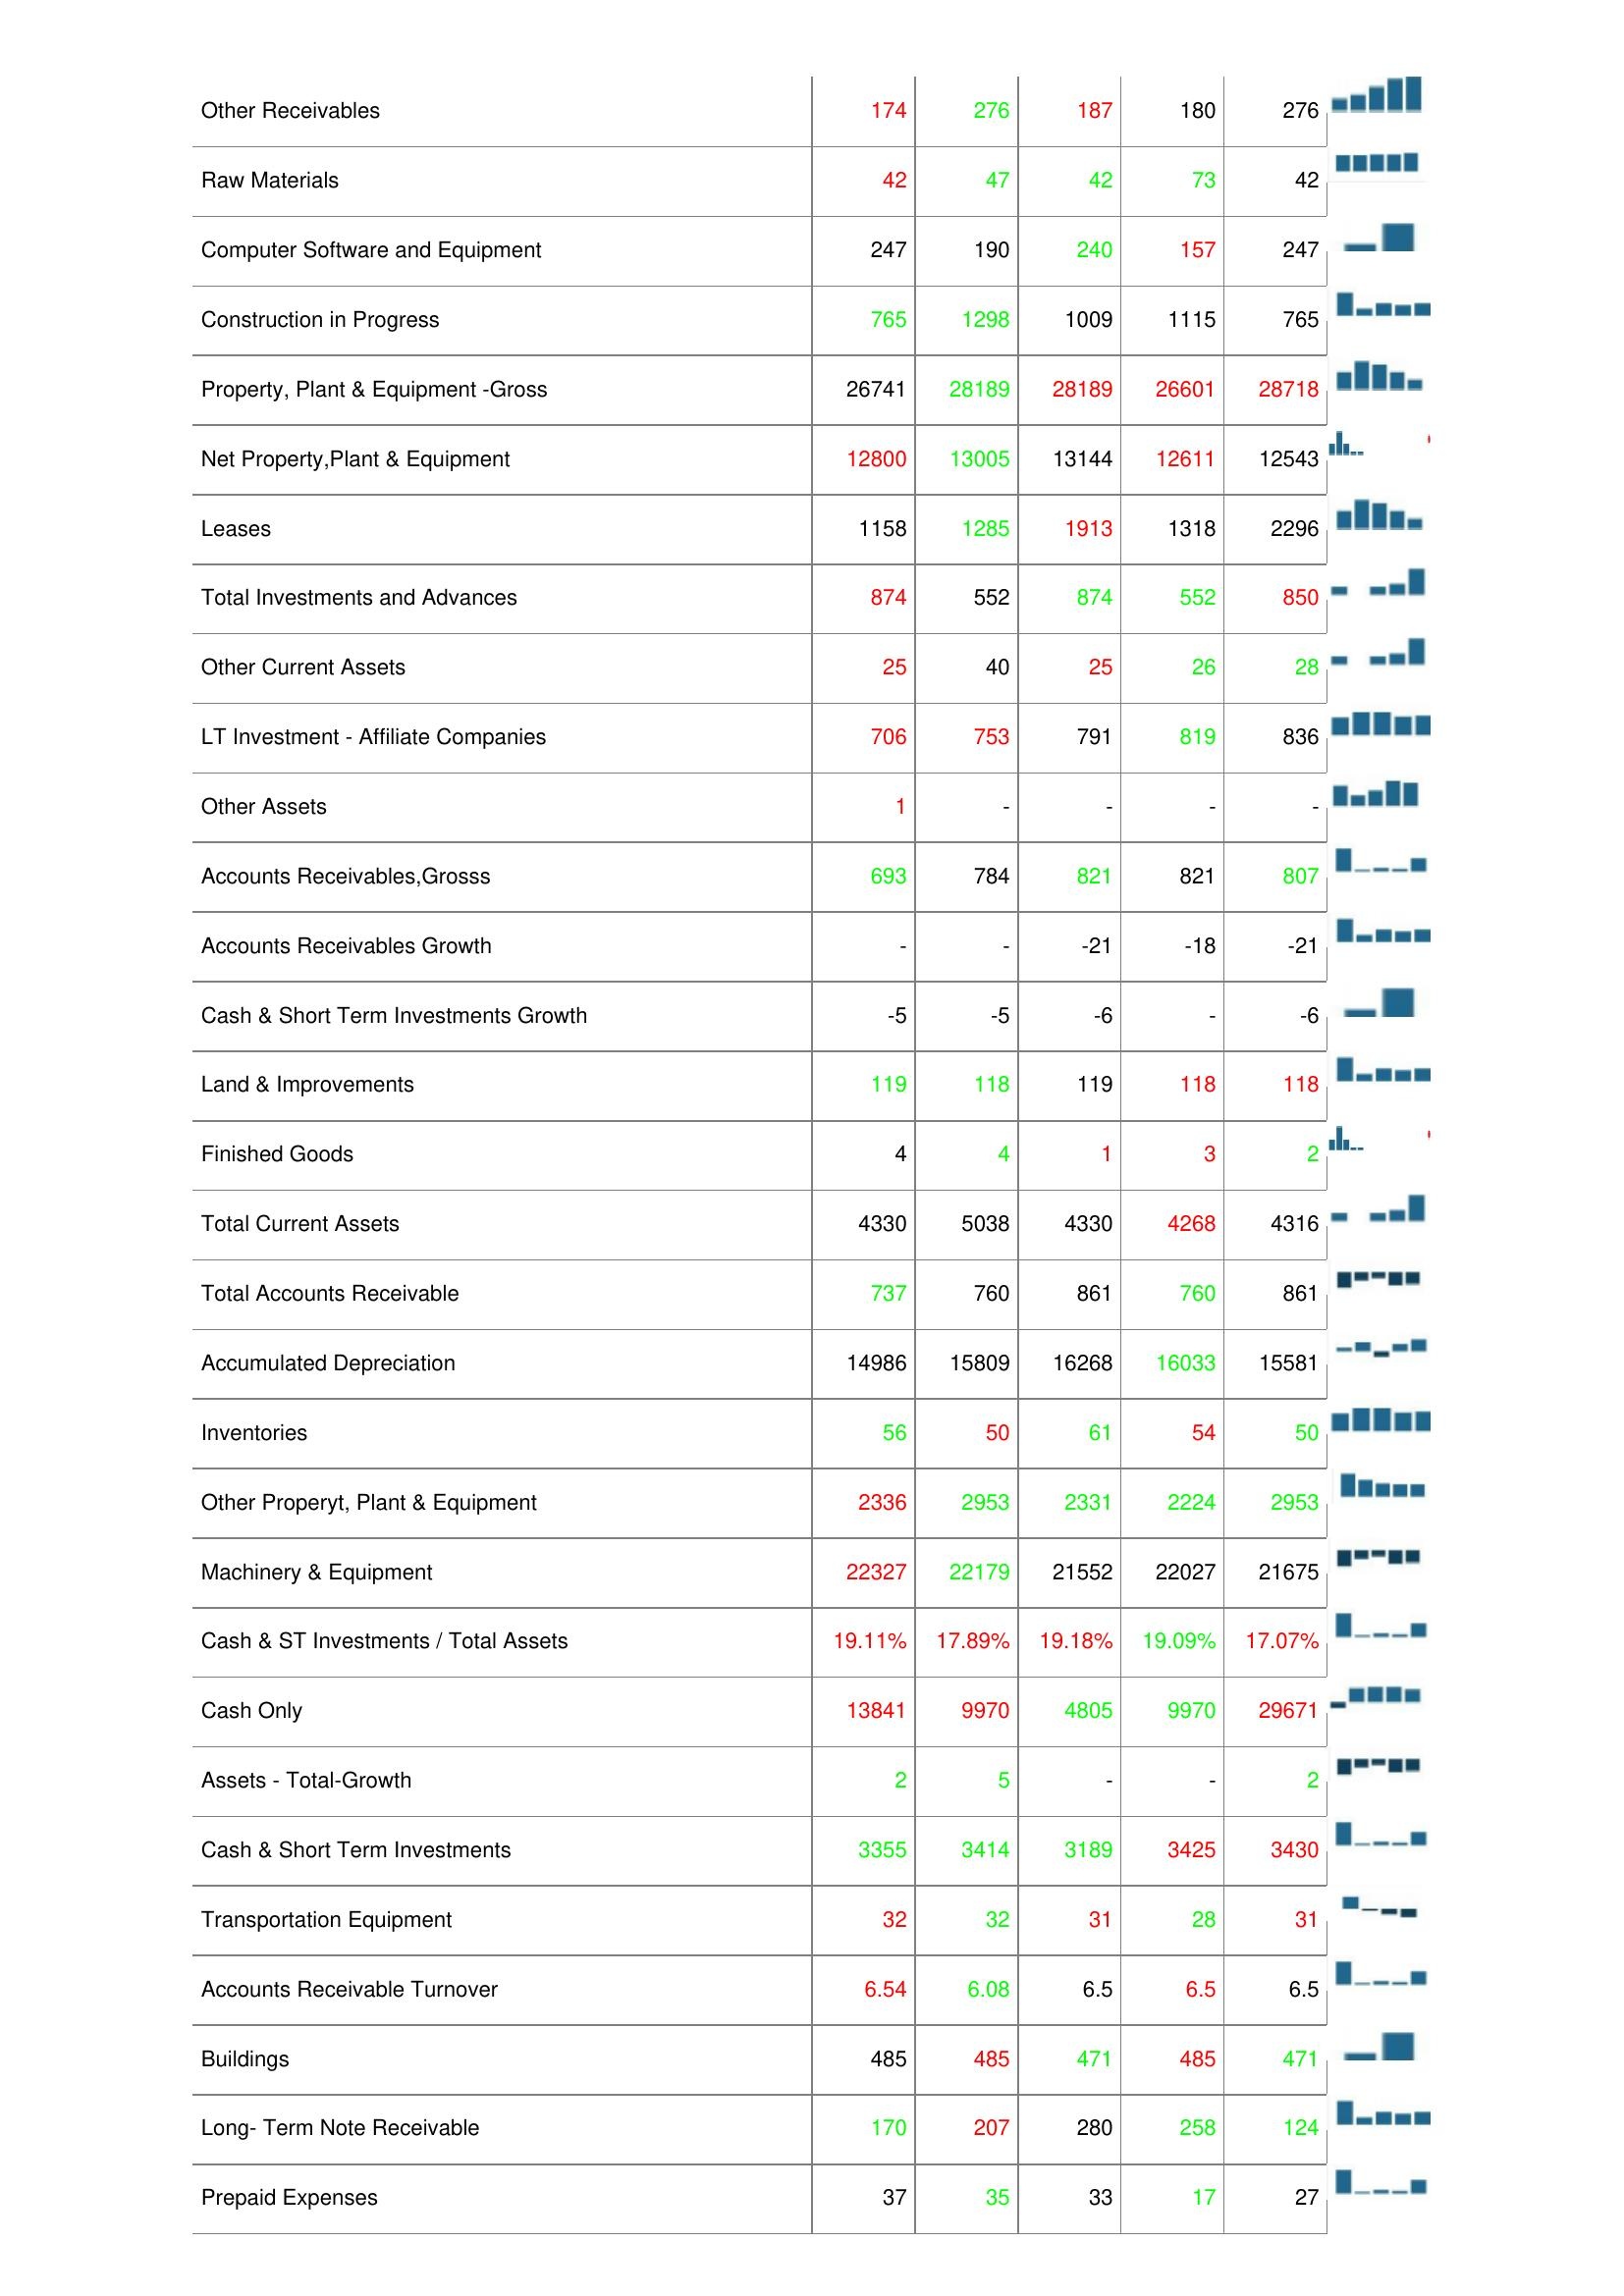
2008: Assets: Accounts Receivables, Net: 761
Bad Debt/Doubtful Accounts: 0
Total Assets: 19734
Deferred Charges: -
Asset Turnover: 0
Return On Average Assets: -
Other Receivables: 174
Raw Materials: 42
Computer Software and Equipment: 247
Construction in Progress: 765
Property, Plant & Equipment -Gross: 26741
Net Property,Plant & Equipment: 12800
Leases: 1158
Total Investments and Advances: 874
Other Current Assets: 25
LT Investment - Affiliate Companies: 706
Other Assets: 1
Accounts Receivables,Grosss: 693
Accounts Receivables Growth: -
Cash & Short Term Investments Growth: -5
Land & Improvements: 119
Finished Goods: 4
Total Current Assets: 4330
Total Accounts Receivable: 737
Accumulated Depreciation: 14986
Inventories: 56
Other Properyt, Plant & Equipment: 2336
Machinery & Equipment: 22327
Cash & ST Investments / Total Assets: 19.11%
Cash Only: 13841
Assets - Total-Growth: 2
Cash & Short Term Investments: 3355
Transportation Equipment: 32
Accounts Receivable Turnover: 6.54
Buildings: 485
Long- Term Note Receivable: 170
Prepaid Expenses: 37
2009: Assets: Accounts Receivables, Net: 745
Bad Debt/Doubtful Accounts: 0
Total Assets: 19198
Deferred Charges: -
Asset Turnover: 0
Return On Average Assets: -
Other Receivables: 276
Raw Materials: 47
Computer Software and Equipment: 190
Construction in Progress: 1298
Property, Plant & Equipment -Gross: 28189
Net Property,Plant & Equipment: 13005
Leases: 1285
Total Investments and Advances: 552
Other Current Assets: 40
LT Investment - Affiliate Companies: 753
Other Assets: -
Accounts Receivables,Grosss: 784
Accounts Receivables Growth: -
Cash & Short Term Investments Growth: -5
Land & Improvements: 118
Finished Goods: 4
Total Current Assets: 5038
Total Accounts Receivable: 760
Accumulated Depreciation: 15809
Inventories: 50
Other Properyt, Plant & Equipment: 2953
Machinery & Equipment: 22179
Cash & ST Investments / Total Assets: 17.89%
Cash Only: 9970
Assets - Total-Growth: 5
Cash & Short Term Investments: 3414
Transportation Equipment: 32
Accounts Receivable Turnover: 6.08
Buildings: 485
Long- Term Note Receivable: 207
Prepaid Expenses: 35
2010: Assets: Accounts Receivables, Net: 745
Bad Debt/Doubtful Accounts: 0
Total Assets: 19734
Deferred Charges: -
Asset Turnover: -
Return On Average Assets: -
Other Receivables: 187
Raw Materials: 42
Computer Software and Equipment: 240
Construction in Progress: 1009
Property, Plant & Equipment -Gross: 28189
Net Property,Plant & Equipment: 13144
Leases: 1913
Total Investments and Advances: 874
Other Current Assets: 25
LT Investment - Affiliate Companies: 791
Other Assets: -
Accounts Receivables,Grosss: 821
Accounts Receivables Growth: -21
Cash & Short Term Investments Growth: -6
Land & Improvements: 119
Finished Goods: 1
Total Current Assets: 4330
Total Accounts Receivable: 861
Accumulated Depreciation: 16268
Inventories: 61
Other Properyt, Plant & Equipment: 2331
Machinery & Equipment: 21552
Cash & ST Investments / Total Assets: 19.18%
Cash Only: 4805
Assets - Total-Growth: -
Cash & Short Term Investments: 3189
Transportation Equipment: 31
Accounts Receivable Turnover: 6.5
Buildings: 471
Long- Term Note Receivable: 280
Prepaid Expenses: 33
2011: Assets: Accounts Receivables, Net: 755
Bad Debt/Doubtful Accounts: 0
Total Assets: 19198
Deferred Charges: -
Asset Turnover: -
Return On Average Assets: -
Other Receivables: 180
Raw Materials: 73
Computer Software and Equipment: 157
Construction in Progress: 1115
Property, Plant & Equipment -Gross: 26601
Net Property,Plant & Equipment: 12611
Leases: 1318
Total Investments and Advances: 552
Other Current Assets: 26
LT Investment - Affiliate Companies: 819
Other Assets: -
Accounts Receivables,Grosss: 821
Accounts Receivables Growth: -18
Cash & Short Term Investments Growth: -
Land & Improvements: 118
Finished Goods: 3
Total Current Assets: 4268
Total Accounts Receivable: 760
Accumulated Depreciation: 16033
Inventories: 54
Other Properyt, Plant & Equipment: 2224
Machinery & Equipment: 22027
Cash & ST Investments / Total Assets: 19.09%
Cash Only: 9970
Assets - Total-Growth: -
Cash & Short Term Investments: 3425
Transportation Equipment: 28
Accounts Receivable Turnover: 6.5
Buildings: 485
Long- Term Note Receivable: 258
Prepaid Expenses: 17
2012: Assets: Accounts Receivables, Net: 726
Bad Debt/Doubtful Accounts: 0
Total Assets: 19198
Deferred Charges: -
Asset Turnover: -
Return On Average Assets: -
Other Receivables: 276
Raw Materials: 42
Computer Software and Equipment: 247
Construction in Progress: 765
Property, Plant & Equipment -Gross: 28718
Net Property,Plant & Equipment: 12543
Leases: 2296
Total Investments and Advances: 850
Other Current Assets: 28
LT Investment - Affiliate Companies: 836
Other Assets: -
Accounts Receivables,Grosss: 807
Accounts Receivables Growth: -21
Cash & Short Term Investments Growth: -6
Land & Improvements: 118
Finished Goods: 2
Total Current Assets: 4316
Total Accounts Receivable: 861
Accumulated Depreciation: 15581
Inventories: 50
Other Properyt, Plant & Equipment: 2953
Machinery & Equipment: 21675
Cash & ST Investments / Total Assets: 17.07%
Cash Only: 29671
Assets - Total-Growth: 2
Cash & Short Term Investments: 3430
Transportation Equipment: 31
Accounts Receivable Turnover: 6.5
Buildings: 471
Long- Term Note Receivable: 124
Prepaid Expenses: 27